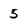
Character: 5